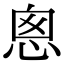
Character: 悤